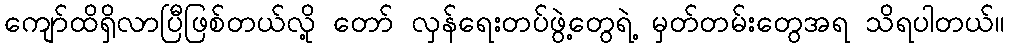
ကျော်ထိရှိလာပြီဖြစ်တယ်လို့ တော် လှန်ရေးတပ်ဖွဲ့တွေရဲ့ မှတ်တမ်းတွေအရ သိရပါတယ်။